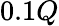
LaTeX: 0.1Q